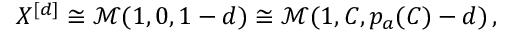
X ^ { [ d ] } \cong \mathcal { M } ( 1 , 0 , 1 - d ) \cong \mathcal { M } ( 1 , C , p _ { a } ( C ) - d ) \, ,